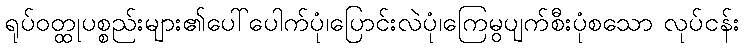
ရုပ်ဝတ္ထုပစ္စည်းများ၏ပေါ်ပေါက်ပုံ၊ပြောင်းလဲပုံ၊ကြေမွပျက်စီးပုံစသော လုပ်ငန်း